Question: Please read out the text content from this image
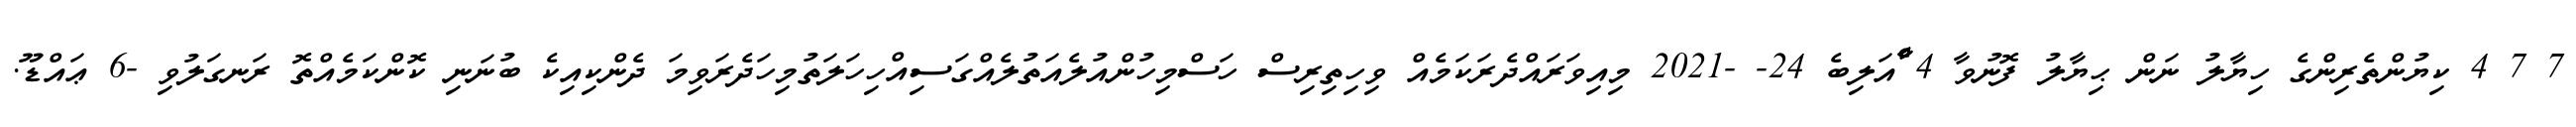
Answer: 7 7 4 ކިޔުންތެރިންގެ ހިޔާލު ނަން ޙިޔާލު ފޮނުވާ 4 ާެްއަލިބެ 24- -2021 މިއިވަރައްދެރަކަމެއް ވިހިތިރިސް ހަސްމިހުންއުލެއަތުލެއްގަސިއްހިހަލަތުމިހަދެރަވިމަ ދެންކިއިކެ ބުނަނި ކޮންކަމެއްތޮ ރަނގަލުވި -6 ޢައްޑޫ.